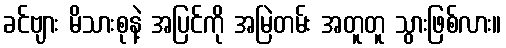
ခင်ဗျား မိသားစုနဲ့ အပြင်ကို အမြဲတမ်း အတူတူ သွားဖြစ်လား။